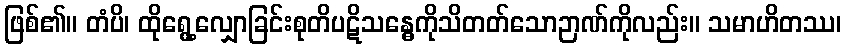
ဖြစ်၏။ တံပိ၊ ထိုရွေ့လျှောခြင်းစုတိပဋိသန္ဓေကိုသိတတ်သောဉာဏ်ကိုလည်း။ သမာဟိတဿ၊